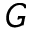
G